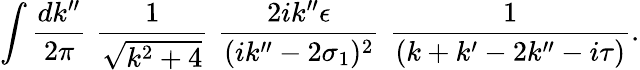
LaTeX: \int\frac{dk^{\prime\prime}}{2\pi}\, \, \frac{1}{\sqrt{k^{2}+4}}\, \, \frac{2ik^{\prime\prime}\epsilon}{(ik^{\prime\prime}-2\sigma_{1})^{2}}\, \, \frac{1}{(k+k^{\prime}-2k^{\prime\prime}-i\tau)}.